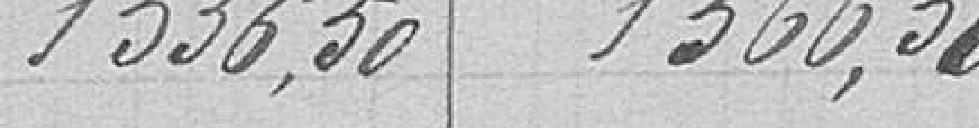
1556,50 1566,50